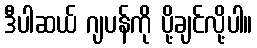
ဒီပါဆယ် ဂျပန်ကို ပို့ချင်လို့ပါ။